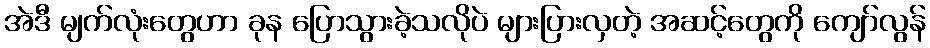
အဲဒီ မျက်လုံးတွေဟာ ခုန ပြောသွားခဲ့သလိုပဲ များပြားလှတဲ့ အဆင့်တွေကို ကျော်လွန်